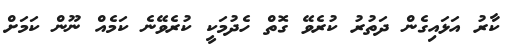
ކާރު އަޅައިގެން ދަތުރު ކުރެވޭ ގޮތް ހެދުމަކީ ކުރެވޭނެ ކަމެއް ނޫން ކަމަށް